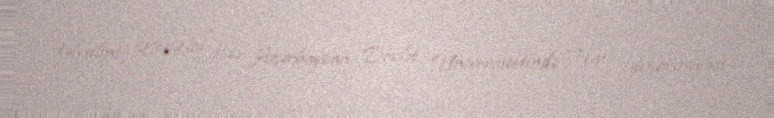
təhsilini, 2012-ci ildə Azərbaycan Dövlət Universitetində Teatr dekorasiyası